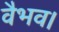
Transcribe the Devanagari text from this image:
वैभव।